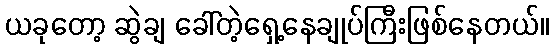
ယခုတော့ ဆွဲချ ခေါ်တဲ့ရှေ့နေချုပ်ကြီးဖြစ်နေတယ်။